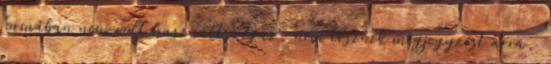
formában nem volt használt. Igaz, nem tesznek megjegyzést arra,